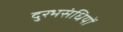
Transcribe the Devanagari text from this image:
दुरभसंधियों